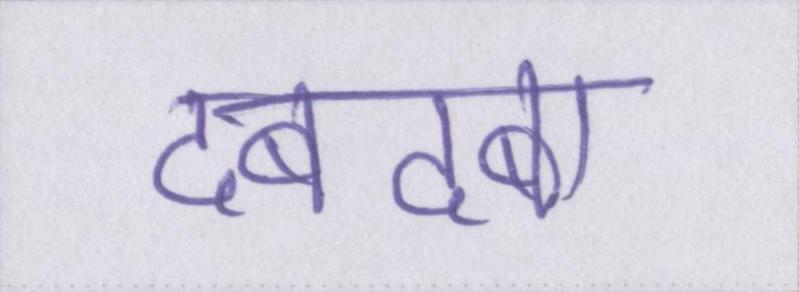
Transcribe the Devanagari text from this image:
दबदबा